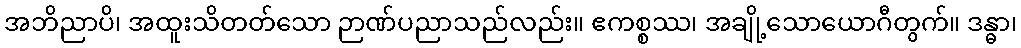
အဘိညာပိ၊ အထူးသိတတ်သော ဉာဏ်ပညာသည်လည်း။ ဧကစ္စဿ၊ အချို့သောယောဂီတွက်။ ဒန္ဓာ၊